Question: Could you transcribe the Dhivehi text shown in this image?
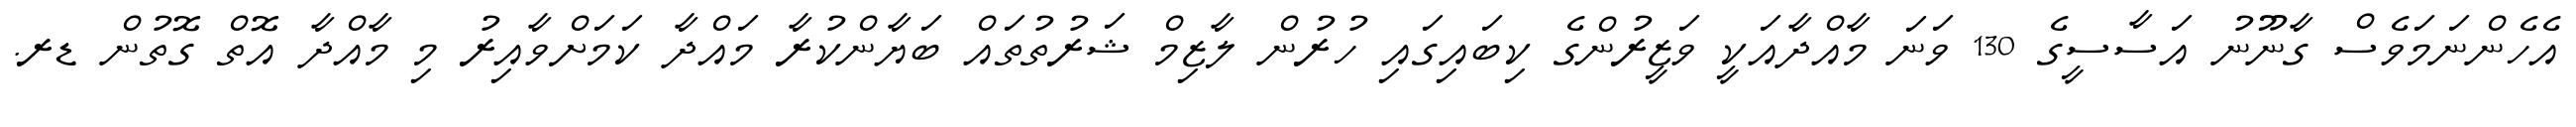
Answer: އެހެންނަމަވެސް ގާނޫނު އަސާސީގެ 130 ވަނަ މާއްދާއަކީ ވަޒީރުންގެ ކިބައިގައި ހުރުން ލާޒިމް ޝަރުތުތައް ބަޔާންކުރާ މައްދާ ކަމަށްވާއިރު މި މާއްދާ އޮތް ގޮތުން ޑރ.